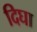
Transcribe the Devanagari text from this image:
दिघा